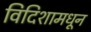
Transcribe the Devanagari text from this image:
विदिशामधून